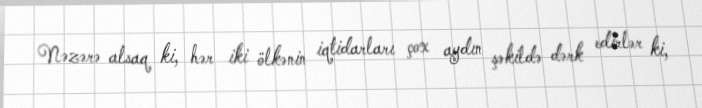
Nəzərə alsaq ki, hər iki ölkənin iqtidarları çox aydın şəkildə dərk edirlər ki,